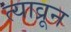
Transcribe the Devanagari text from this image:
त्याव्रून